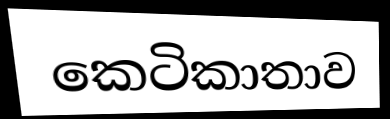
කෙටිකාතාව